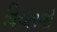
વિચારજો